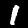
Digit: 1